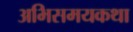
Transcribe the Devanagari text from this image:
अभिसमयकथा